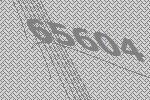
65604